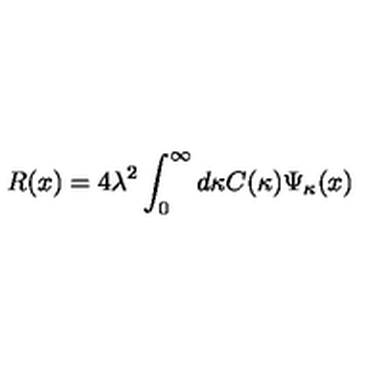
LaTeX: R ( x ) = 4 \lambda ^ { 2 } \int _ { 0 } ^ { \infty } d \kappa C ( \kappa ) \Psi _ { \kappa } ( x )